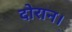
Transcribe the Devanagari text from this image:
दोरान।